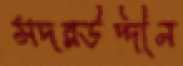
সদরউদ্দীন